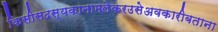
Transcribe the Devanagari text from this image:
किसीसदस्यकानामलेकरउसेअवकारीबताना